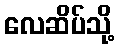
လေဆိပ်သို့